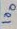
Text: 100